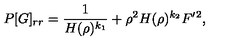
P [ G ] _ { r r } = \frac { 1 } { H ( \rho ) ^ { k _ { 1 } } } + \rho ^ { 2 } H ( \rho ) ^ { k _ { 2 } } F ^ { \prime } { } ^ { 2 } ,